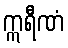
ဣရီဏံ